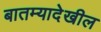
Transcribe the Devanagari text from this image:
बातम्यादेखील